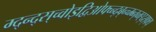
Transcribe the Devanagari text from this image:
म्द्न्द्स्च्वोइद्विओफ्च्न्द्ब्न्च्म्ब्न्व्म्ह्द्स्फ्य्